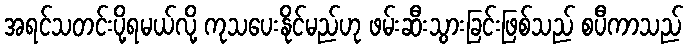
အရင်သတင်းပို့ရမယ်လို့ ကုသပေးနိုင်မည်ဟု ဖမ်းဆီးသွားခြင်းဖြစ်သည် စပီကာသည်